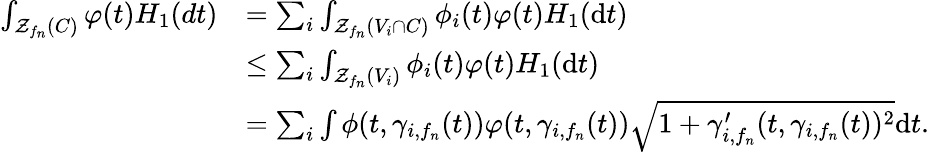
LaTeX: \begin{array}{rl}{\int_{\mathcal{Z}_{f_{n}}(C)}\varphi(t)H_{1}(dt)}&{=\sum_{i}\int_{\mathcal{Z}_{f_{n}}(V_{i}\cap C)}\phi_{i}(t)\varphi(t)H_{1}(\mathrm{d}t)}\\ &{\leq\sum_{i}\int_{\mathcal{Z}_{f_{n}}(V_{i})}\phi_{i}(t)\varphi(t)H_{1}(\mathrm{d}t)}\\ &{=\sum_{i}\int\phi(t,\gamma_{i,f_{n}}(t))\varphi(t,\gamma_{i,f_{n}}(t))\sqrt{1+\gamma_{i,f_{n}}^{\prime}(t,\gamma_{i,f_{n}}(t))^{2}}\mathrm{d}t.}\end{array}